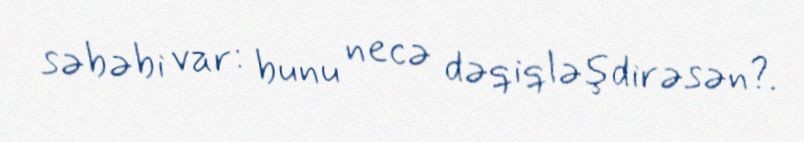
səbəbi var: bunu necə dəqiqləşdirəsən?.